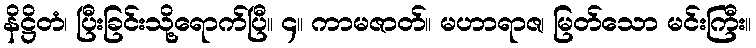
နိဋ္ဌိတံ၊ ပြီးခြင်းသို့ရောက်ပြီ။ ၄။ ကာမဇာတ်။ မဟာရာဇ၊ မြတ်သော မင်းကြီး။